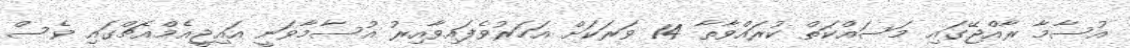
އުސާމާ ރާއްޖޭގައި މަސައްކަތް ކުރައްވާތާ 14 ވަރަކަށް އަހަރުވެފައިވާއިރު އުސާމާވަނީ އައިޖީއެމްއެޗްގައި ވެސް